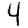
Digit: 4